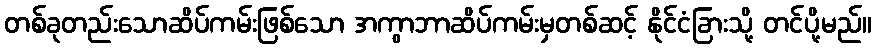
တစ်ခုတည်းသောဆိပ်ကမ်းဖြစ်သော အကွာဘာဆိပ်ကမ်းမှတစ်ဆင့် နိုင်ငံခြားသို့ တင်ပို့မည်။